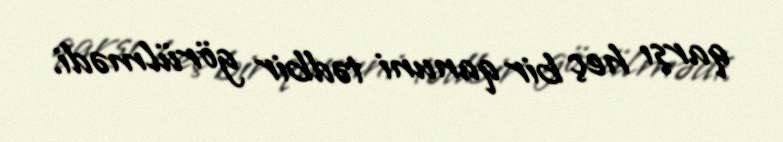
qarşı heç bir qanuni tədbir görülmədi.